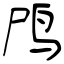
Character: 鸤